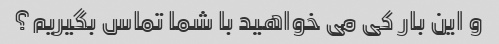
و این بار کی می خواهید با شما تماس بگیریم؟